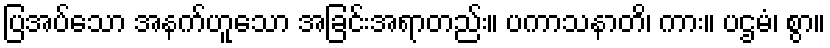
ပြအပ်သော အနက်ဟူသော အခြင်းအရာတည်း။ ပကာသနာတိ၊ ကား။ ပဌမံ၊ စွာ။